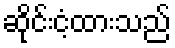
ဆိုင်းငံ့ထားသည်